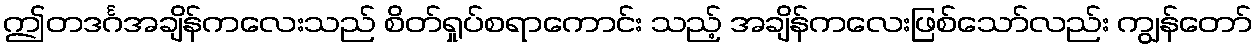
ဤတဒင်္ဂအချိန်ကလေးသည် စိတ်ရှုပ်စရာကောင်း သည့် အချိန်ကလေးဖြစ်သော်လည်း ကျွန်တော်